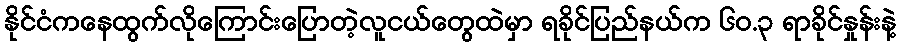
နိုင်ငံကနေထွက်လိုကြောင်းပြောတဲ့လူငယ်တွေထဲမှာ ရခိုင်ပြည်နယ်က ၆၀.၃ ရာခိုင်နှုန်းနဲ့